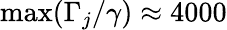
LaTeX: \operatorname*{max}(\Gamma_{j}/\gamma)\approx 4000